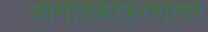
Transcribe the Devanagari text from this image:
जागतिकीकरणोत्तर